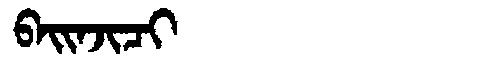
Manchu: ᠪᠠᡳᠨᠵᡳᠴᡳ
Romanization: BAINJICI